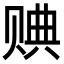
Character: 𧹖